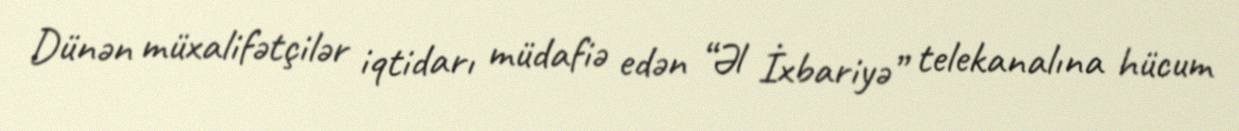
Dünən müxalifətçilər iqtidarı müdafiə edən “Əl İxbariyə” telekanalına hücum